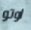
اوتو